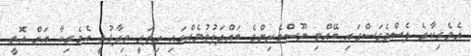
އެމެރިކާގެ ލެސްވެގަސްގައި ބޭއްވި ނޫސްވެރިންގެ ބައްދަލުވުމެއްގައި ހިލަރީ ވިދާޅުވީ އެމެރިކާ އަށް އޮތީ